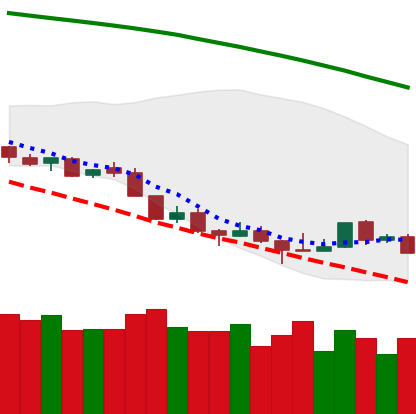
Ticker: LTC-USD
Chart end date: 2018-08-20
Forward return: 7.244%
Label: up_7plus